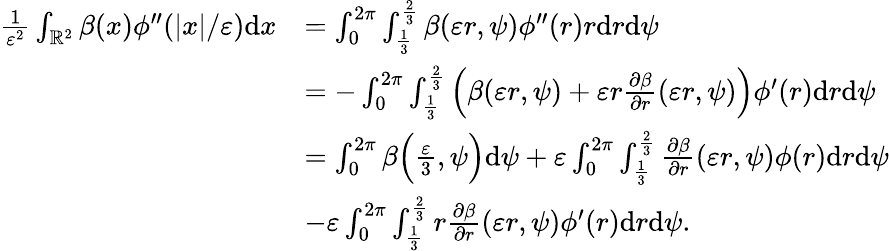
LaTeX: \begin{array}{rl}{\frac{1}{\varepsilon^{2}}\int_{\mathbb{R}^{2}}\beta(x)\phi^{\prime\prime}(|x|/\varepsilon)\textrm{d}x}&{=\int_{0}^{2\pi}\int_{\frac{1}{3}}^{\frac{2}{3}}\beta(\varepsilon r,\psi)\phi^{\prime\prime}(r)r\textrm{d}r\textrm{d}\psi}\\ &{=-\int_{0}^{2\pi}\int_{\frac{1}{3}}^{\frac{2}{3}}\Big(\beta(\varepsilon r,\psi)+\varepsilon r\frac{\partial\beta}{\partial r}(\varepsilon r,\psi)\Big)\phi^{\prime}(r)\textrm{d}r\textrm{d}\psi}\\ &{=\int_{0}^{2\pi}\beta\Big(\frac{\varepsilon}{3},\psi\Big)\textrm{d}\psi+\varepsilon\int_{0}^{2\pi}\int_{\frac{1}{3}}^{\frac{2}{3}}\frac{\partial\beta}{\partial r}(\varepsilon r,\psi)\phi(r)\textrm{d}r\textrm{d}\psi}\\ &{-\varepsilon\int_{0}^{2\pi}\int_{\frac{1}{3}}^{\frac{2}{3}}r\frac{\partial\beta}{\partial r}(\varepsilon r,\psi)\phi^{\prime}(r)\textrm{d}r\textrm{d}\psi.}\end{array}